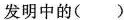
发明中的（ ）